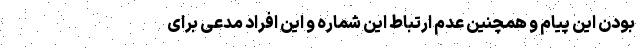
بودن این پیام و همچنین عدم ارتباط این شماره و این افراد مدعی برای